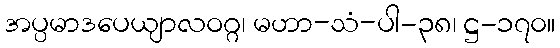
အပ္ပမာဒပေယျာလဝဂ္ဂ၊ မဟာ-သံ-ပါ-၃၈၊ ဋ္ဌ-၁၇၀။